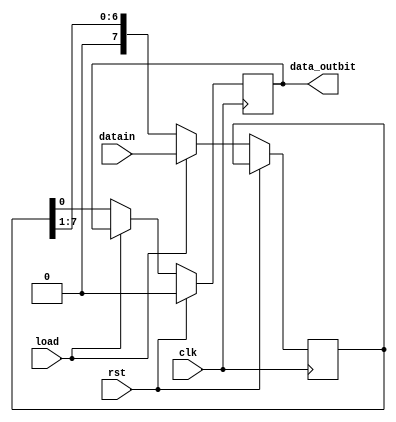
`timescale 1ns / 1ps
//////////////////////////////////////////////////////////////////////////////////
// Company: Self
// 
// Design Name: 
// Module Name: PISO
// Project Name: 
// Target Devices: 
// Tool Versions: 
// Description: 
// 
// Dependencies: 
// 
// Revision:
// Revision 0.01 - File Created
// Additional Comments:
// 
//////////////////////////////////////////////////////////////////////////////////


module PISO( clk, rst, data_outbit, datain, load);
input clk, rst, load;
input [7:0] datain;
output reg data_outbit = 1'b0;
reg [7:0] temp=7'b0;

always @(posedge clk)
begin
if(rst)
begin
data_outbit <= 1'b0;
end

else if(load)
temp <= datain;

else
begin
data_outbit <= temp[0];
temp <= temp >> 1'b1;
end

end

endmodule